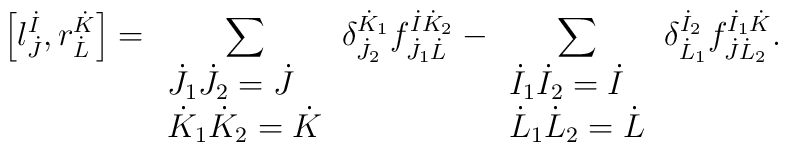
\left[ l^{\dot{I}}_{\dot{J}}, r^{\dot{K}}_{\dot{L}} \right] =    \sum_{\begin{array}{l}   	    \dot{J}_1 \dot{J}_2 = \dot{J} \\   	    \dot{K}_1 \dot{K}_2 = \dot{K}   	 \end{array}}    \delta^{\dot{K}_1}_{\dot{J}_2} f^{\dot{I} \dot{K}_2}_{\dot{J}_1 \dot{L}} -   \sum_{\begin{array}{l}   	    \dot{I}_1 \dot{I}_2 = \dot{I} \\   	    \dot{L}_1 \dot{L}_2 = \dot{L}   	 \end{array}}   \delta^{\dot{I}_2}_{\dot{L}_1} f^{\dot{I}_1 \dot{K}}_{\dot{J} \dot{L}_2}.